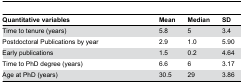
| Quantitative variables | Mean | Median | SD |
 | --- | --- | --- | --- |
 | Time to tenure (years) | 5.8 | 5 | 3.4 |
 | Postdoctoral Publications by year | 2.9 | 1.0 | 5.90 |
 | Early publications | 1.5 | 0.2 | 4.64 |
 | Time to PhD degree (years) | 6.6 | 6 | 3.17 |
 | Age at PhD (years) | 30.5 | 29 | 3.86 |